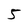
Character: 5